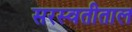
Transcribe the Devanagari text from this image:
सरस्वतीताल